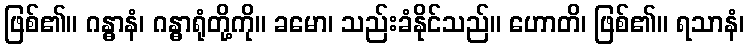
ဖြစ်၏။ ဂန္ဓာနံ၊ ဂန္ဓာရုံတို့ကို။ ခမော၊ သည်းခံနိုင်သည်။ ဟောတိ၊ ဖြစ်၏။ ရသာနံ၊